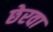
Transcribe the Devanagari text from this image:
छेरवा